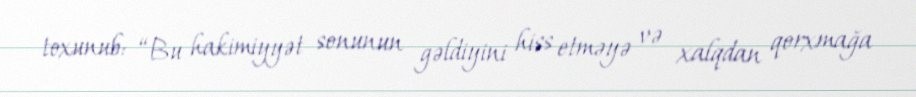
toxunub: “Bu hakimiyyət sonunun gəldiyini hiss etməyə və xalqdan qorxmağa